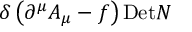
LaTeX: \delta \left( \partial ^ { \mu } A _ { \mu } - f \right) \mathrm { D e t } N